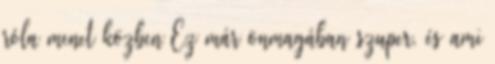
róla menet közben Ez már önmagában szuper, és ami